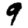
Digit: 9